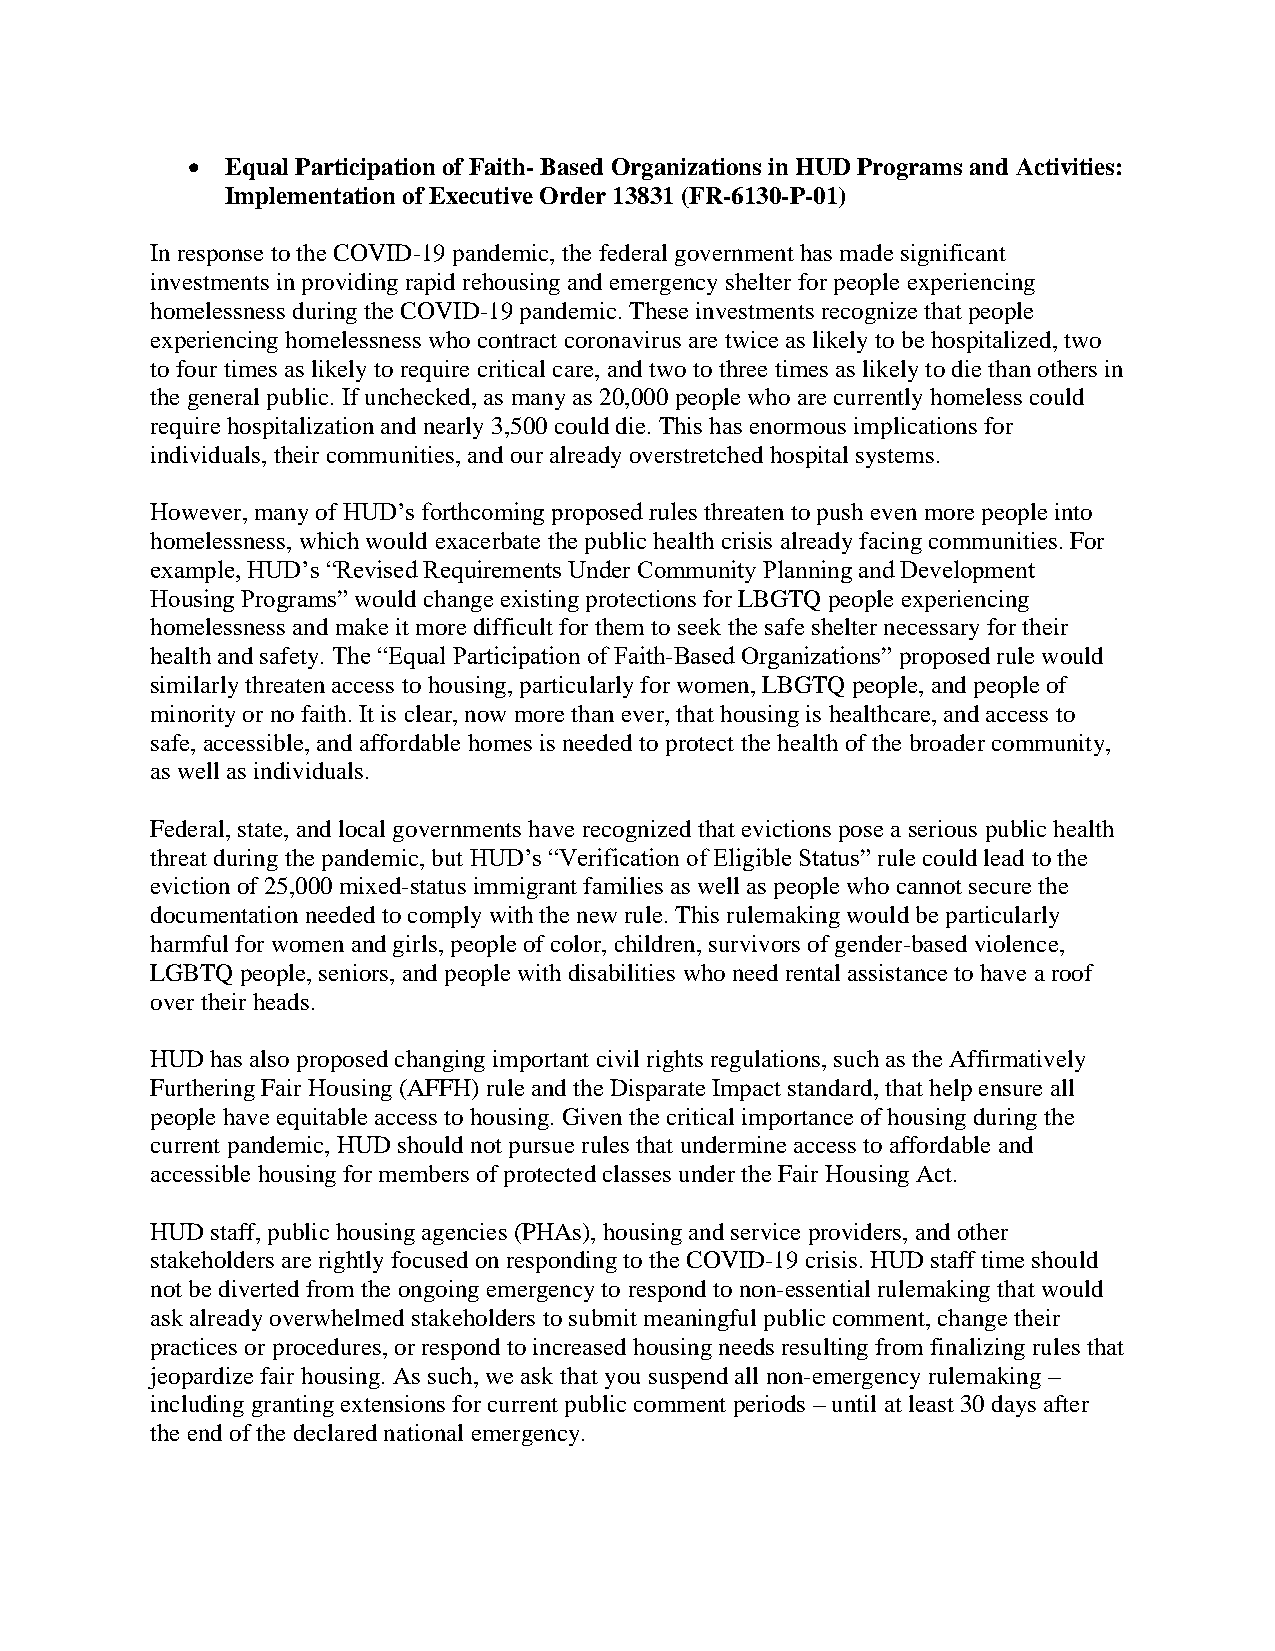
•  Equal Participation of Faith- Based Organizations in HUD Programs and Activities:
 Implementation of Executive Order 13831 (FR-6130-P-01)
 In response to the COVID-19 pandemic, the federal government has made significant
 investments in providing rapid rehousing and emergency shelter for people experiencing
 homelessness during the COVID-19 pandemic. These investments recognize that people
 experiencing homelessness who contract coronavirus are twice as likely to be hospitalized, two
 to four times as likely to require critical care, and two to three times as likely to die than others in
 the general public. If unchecked, as many as 20,000 people who are currently homeless could
 require hospitalization and nearly 3,500 could die. This has enormous implications for
 individuals, their communities, and our already overstretched hospital systems.
 However, many of HUD’s forthcoming proposed rules threaten to push even more people into
 homelessness, which would exacerbate the public health crisis already facing communities. For
 example, HUD’s “Revised Requirements Under Community Planning and Development
 Housing Programs” would change existing protections for LBGTQ people experiencing
 homelessness and make it more difficult for them to seek the safe shelter necessary for their
 health and safety. The “Equal Participation of Faith-Based Organizations” proposed rule would
 similarly threaten access to housing, particularly for women, LBGTQ people, and people of
 minority or no faith. It is clear, now more than ever, that housing is healthcare, and access to
 safe, accessible, and affordable homes is needed to protect the health of the broader community,
 as well as individuals.
 Federal, state, and local governments have recognized that evictions pose a serious public health
 threat during the pandemic, but HUD’s “Verification of Eligible Status” rule could lead to the
 eviction of 25,000 mixed-status immigrant families as well as people who cannot secure the
 documentation needed to comply with the new rule. This rulemaking would be particularly
 harmful for women and girls, people of color, children, survivors of gender-based violence,
 LGBTQ people, seniors, and people with disabilities who need rental assistance to have a roof
 over their heads.
 HUD has also proposed changing important civil rights regulations, such as the Affirmatively
 Furthering Fair Housing (AFFH) rule and the Disparate Impact standard, that help ensure all
 people have equitable access to housing. Given the critical importance of housing during the
 current pandemic, HUD should not pursue rules that undermine access to affordable and
 accessible housing for members of protected classes under the Fair Housing Act.
 HUD staff, public housing agencies (PHAs), housing and service providers, and other
 stakeholders are rightly focused on responding to the COVID-19 crisis. HUD staff time should
 not be diverted from the ongoing emergency to respond to non-essential rulemaking that would
 ask already overwhelmed stakeholders to submit meaningful public comment, change their
 practices or procedures, or respond to increased housing needs resulting from finalizing rules that
 jeopardize fair housing. As such, we ask that you suspend all non-emergency rulemaking –
 including granting extensions for current public comment periods – until at least 30 days after
 the end of the declared national emergency.